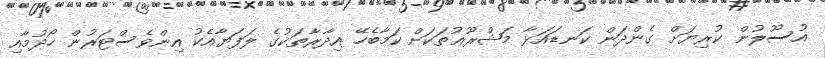
އުސޫލުން ކުރިޔަށް ގެންދަން ކަނޑައަޅާ މަޝްރޫޢުތަކަށް ކަމާބެހޭ އިދާރާތަކުގެ ލަފަޔާއެކު އިންވެސްޓަރުން ހޯދުމާއި